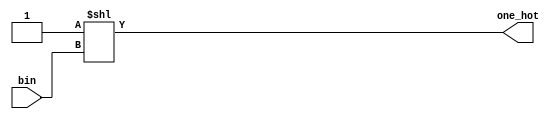
`timescale 1ns / 1ps
//////////////////////////////////////////////////////////////////////////////////
// Company: 
// Engineer: 
// 
// Design Name: 
// Module Name: bin_to_one_hot
// Project Name: 
// Target Devices: 
// Tool Versions: 
// Description: 
// 
// Dependencies: 
// 
// Revision:
// Revision 0.01 - File Created
// Additional Comments:
// 
//////////////////////////////////////////////////////////////////////////////////


module bin_to_one_hot(
    input [3:0] bin,
    output reg [15:0] one_hot
    );
    
    always @(bin) begin
       one_hot = 1'b1<<bin;
    end
        
endmodule